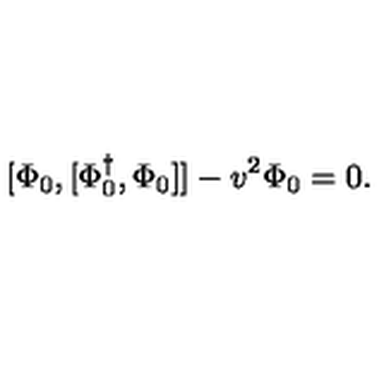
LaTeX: [ \Phi _ { 0 } , [ \Phi _ { 0 } ^ { \dagger } , \Phi _ { 0 } ] ] - v ^ { 2 } \Phi _ { 0 } = 0 .